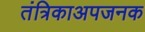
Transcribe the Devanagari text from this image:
तंत्रिकाअपजनक